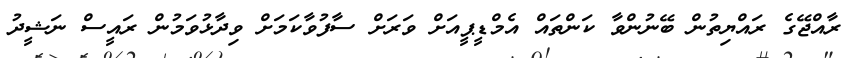
ރާއްޖޭގެ ރައްޔިތުން ބޭނުންވާ ކަންތައް އެމްޑީޕީއަށް ވަރަށް ސާފުވާކަމަށް ވިދާޅުވަމުން ރައީސް ނަޝީދު